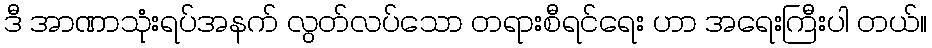
ဒီ အာဏာသုံးရပ်အနက် လွတ်လပ်သော တရားစီရင်ရေး ဟာ အရေးကြီးပါ တယ်။